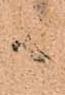
御